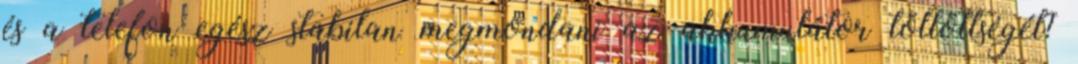
és a telefon egész stabilan megmondani az akkumulátor töltöttségét?